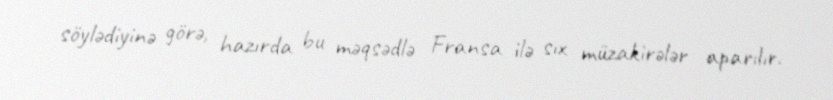
söylədiyinə görə, hazırda bu məqsədlə Fransa ilə sıx müzakirələr aparılır.